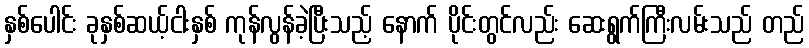
နှစ်ပေါင်း ခုနှစ်ဆယ့်ငါးနှစ် ကုန်လွန်ခဲ့ပြီးသည့် နောက် ပိုင်းတွင်လည်း ဆေးရွက်ကြီးလမ်းသည် တည်